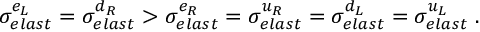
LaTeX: \sigma _ { e l a s t } ^ { e _ { L } } = \sigma _ { e l a s t } ^ { d _ { R } } > \sigma _ { e l a s t } ^ { e _ { R } } = \sigma _ { e l a s t } ^ { u _ { R } } = \sigma _ { e l a s t } ^ { d _ { L } } = \sigma _ { e l a s t } ^ { u _ { L } } \; .